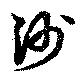
沙